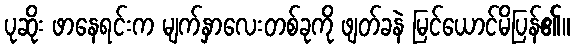
ပုဆိုး ဖာနေရင်းက မျက်နှာလေးတစ်ခုကို ဖျတ်ခနဲ မြင်ယောင်မိပြန်၏။